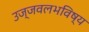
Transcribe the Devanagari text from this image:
उज्जवलभविष्य